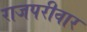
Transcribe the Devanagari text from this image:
राजपरीवार